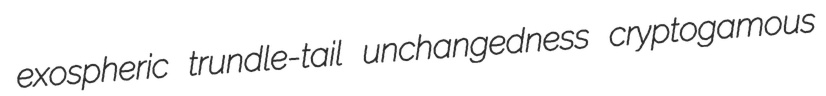
exospheric trundle-tail unchangedness cryptogamous